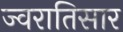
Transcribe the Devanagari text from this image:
ज्वरातिसार